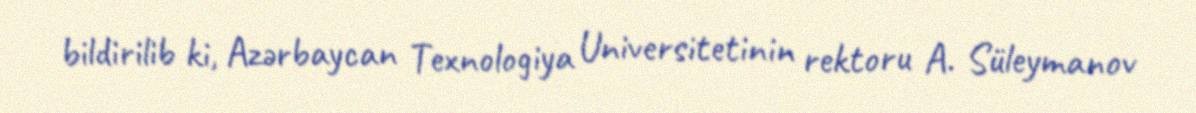
bildirilib ki, Azərbaycan Texnologiya Universitetinin rektoru A. Süleymanov